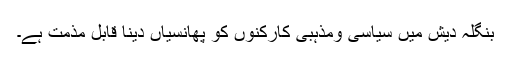
بنگلہ دیش میں سیاسی ومذہبی کارکنوں کو پھانسیاں دینا قابل مذمت ہے۔